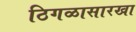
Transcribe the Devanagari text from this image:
ठिगळासारखा